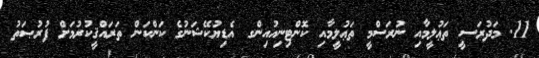
11. މަދުރަސީ ތަޢުލީމާއި ނުރަސްމީ ތަޢުލީމާއި ކޮންޓިނިއުއިންގ އެޑިޔުކޭޝަނުގެ ކަންކަން ތަރައްޤީކުރުމަށް ފުރުޞަތު